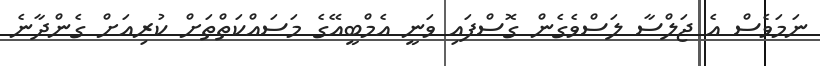
ނަމަވެސް އެ ޖަލްސާ ލަސްވެގެން ގޮސްފައި ވަނީ އެމްބީއޭގެ މަސައްކަތްތަށް ކުރިއަށް ގެންދާނެ